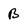
Character: B